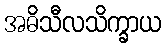
အဓိသီလသိက္ခာယ